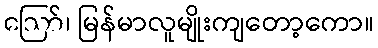
ဪ၊ မြန်မာလူမျိုးကျတော့ကော။